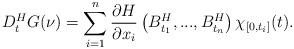
LaTeX: \begin{align*}D_t^{H}G(\nu)=\sum\limits_{i=1}^{n}\frac{\partial H}{\partial x_{i}}\left(B_{t_1}^{H},...,B_{t_n}^{H} \right) \chi _{\left[0,t_{i}\right] }(t).\end{align*}